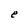
Character: e